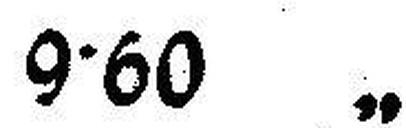
9•60 „